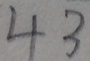
4 3